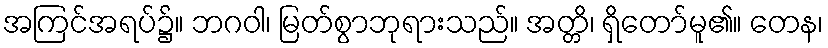
အကြင်အရပ်၌။ ဘဂဝါ၊ မြတ်စွာဘုရားသည်။ အတ္တိ၊ ရှိတော်မူ၏။ တေန၊